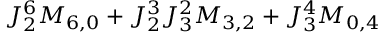
J _ { 2 } ^ { 6 } M _ { 6 , 0 } + J _ { 2 } ^ { 3 } J _ { 3 } ^ { 2 } M _ { 3 , 2 } + J _ { 3 } ^ { 4 } M _ { 0 , 4 }